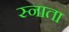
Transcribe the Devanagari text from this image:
स्नाता